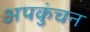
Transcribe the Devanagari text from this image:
अपकुंचन